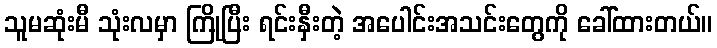
သူမဆုံးမီ သုံးလမှာ ကြိုပြီး ရင်းနှီးတဲ့ အပေါင်းအသင်းတွေကို ခေါ်ထားတယ်။